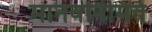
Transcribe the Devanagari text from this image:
मानवनिमिर्त